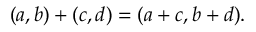
( a , b ) + ( c , d ) = ( a + c , b + d ) .